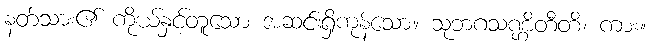
နတ်သား၏ ကိုယ်နှင့်တူသော အဆင်းရှိကုန်သော။ သုဘဂသဏ္ဌိတီတိ၊ ကား။